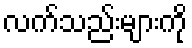
လက်သည်းများကို